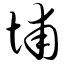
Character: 埔